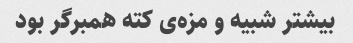
بیشتر شبیه و مزه‌ی کته همبرگر بود